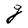
Character: g